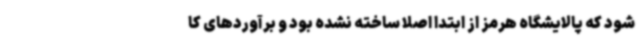
شود که پالایشگاه هرمز از ابتدا اصلا ساخته نشده بود و برآوردهای کا